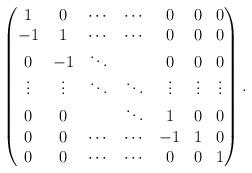
LaTeX: \begin{align*}\begin{pmatrix}1 & 0 & \cdots & \cdots & 0 & 0 & 0 \\-1 & 1 & \cdots & \cdots & 0 & 0 & 0 \\0 & -1 & \ddots & & 0 & 0 & 0 \\\vdots & \vdots & \ddots & \ddots & \vdots & \vdots & \vdots \\0 & 0 & & \ddots & 1 & 0 & 0 \\0 & 0 & \cdots & \cdots & -1 & 1 & 0 \\0 & 0 & \cdots & \cdots & 0 & 0 & 1\end{pmatrix}.\end{align*}